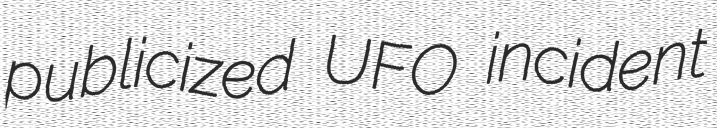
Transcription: publicized UFO incident